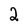
Character: 2